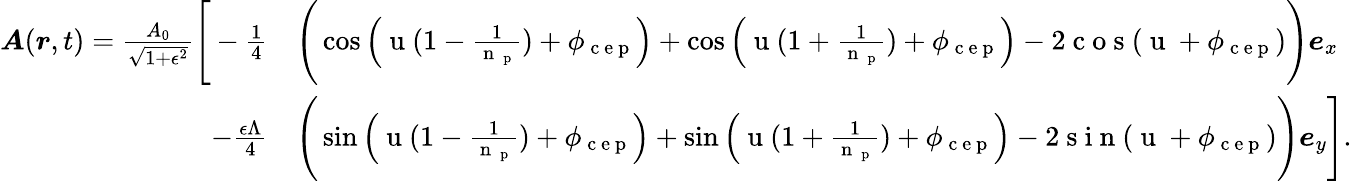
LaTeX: \begin{array}{rl}{\boldsymbol{A}(\boldsymbol{r},t)=\frac{A_{0}}{\sqrt{1+\epsilon^{2}}}\Bigg[-\frac{1}{4}}&{{}\Bigg(\cos\Big(\mathrm{~u~}(1-\frac{1}{\mathrm{~n~}_{\mathrm{~p~}}})+\phi_{\mathrm{~c~e~p~}}\Big)+\cos\Big(\mathrm{~u~}(1+\frac{1}{\mathrm{~n~}_{\mathrm{~p~}}})+\phi_{\mathrm{~c~e~p~}}\Big)-2\mathrm{~c~o~s~}(\mathrm{~u~}+\phi_{\mathrm{~c~e~p~}})\Bigg)\boldsymbol{e}_{x}}\\ {-\frac{\epsilon\Lambda}{4}}&{{}\Bigg(\sin\Big(\mathrm{~u~}(1-\frac{1}{\mathrm{~n~}_{\mathrm{~p~}}})+\phi_{\mathrm{~c~e~p~}}\Big)+\sin\Big(\mathrm{~u~}(1+\frac{1}{\mathrm{~n~}_{\mathrm{~p~}}})+\phi_{\mathrm{~c~e~p~}}\Big)-2\mathrm{~s~i~n~}(\mathrm{~u~}+\phi_{\mathrm{~c~e~p~}})\Bigg)\boldsymbol{e}_{y}\Bigg].}\end{array}